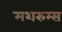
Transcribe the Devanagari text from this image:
मशरुम्स